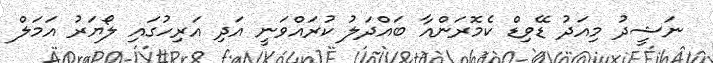
ނަޝީދު މިއަދު ޑޭވިޑް ކެމޮރަންއާ ބައްދަލު ކުރައްވަނީ އަދި އަރިހުގައި ލޯޔަރު އަމަލް